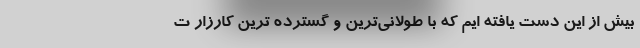
بیش از این دست یافته ایم که با طولانی‌ترین و گسترده ترین کارزار ت